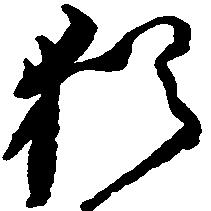
猶